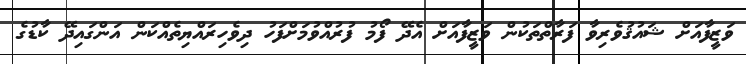
ވަޒީފާއަށް ޝައުޤުވެރިވާ ފަރާތްތަކުން ވަޒީފާއަށް އެދޭ ފޯމު ފުރުއްވުމަށްފަހު ދިވެހިރައްޔިތެއްކަން އަންގައިދޭ ކާޑުގެ